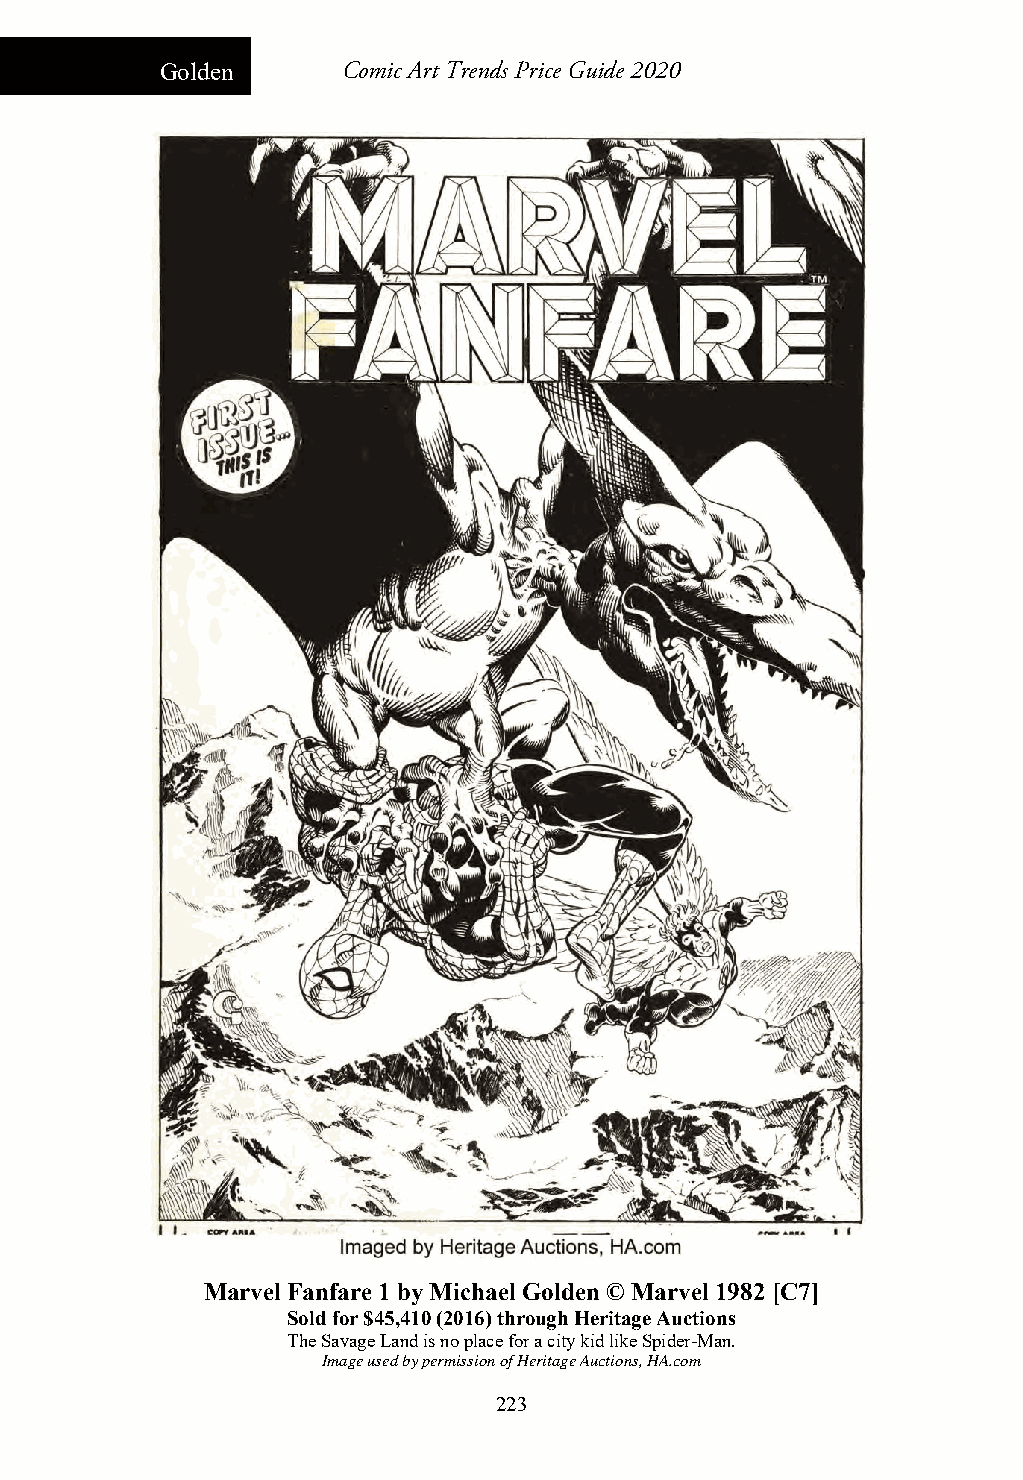
Golden      Comic Art Trends Price Guide 2020
 Marvel Fanfare 1 by Michael Golden © Marvel 1982 [C7]
 Sold for $45,410 (2016) through Heritage Auctions
 The Savage Land is no place for a city kid like Spider-Man.
 Image used by permission of Heritage Auctions, HA.com
 223